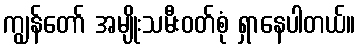
ကျွန်တော် အမျိုးသမီးဝတ်စုံ ရှာနေပါတယ်။